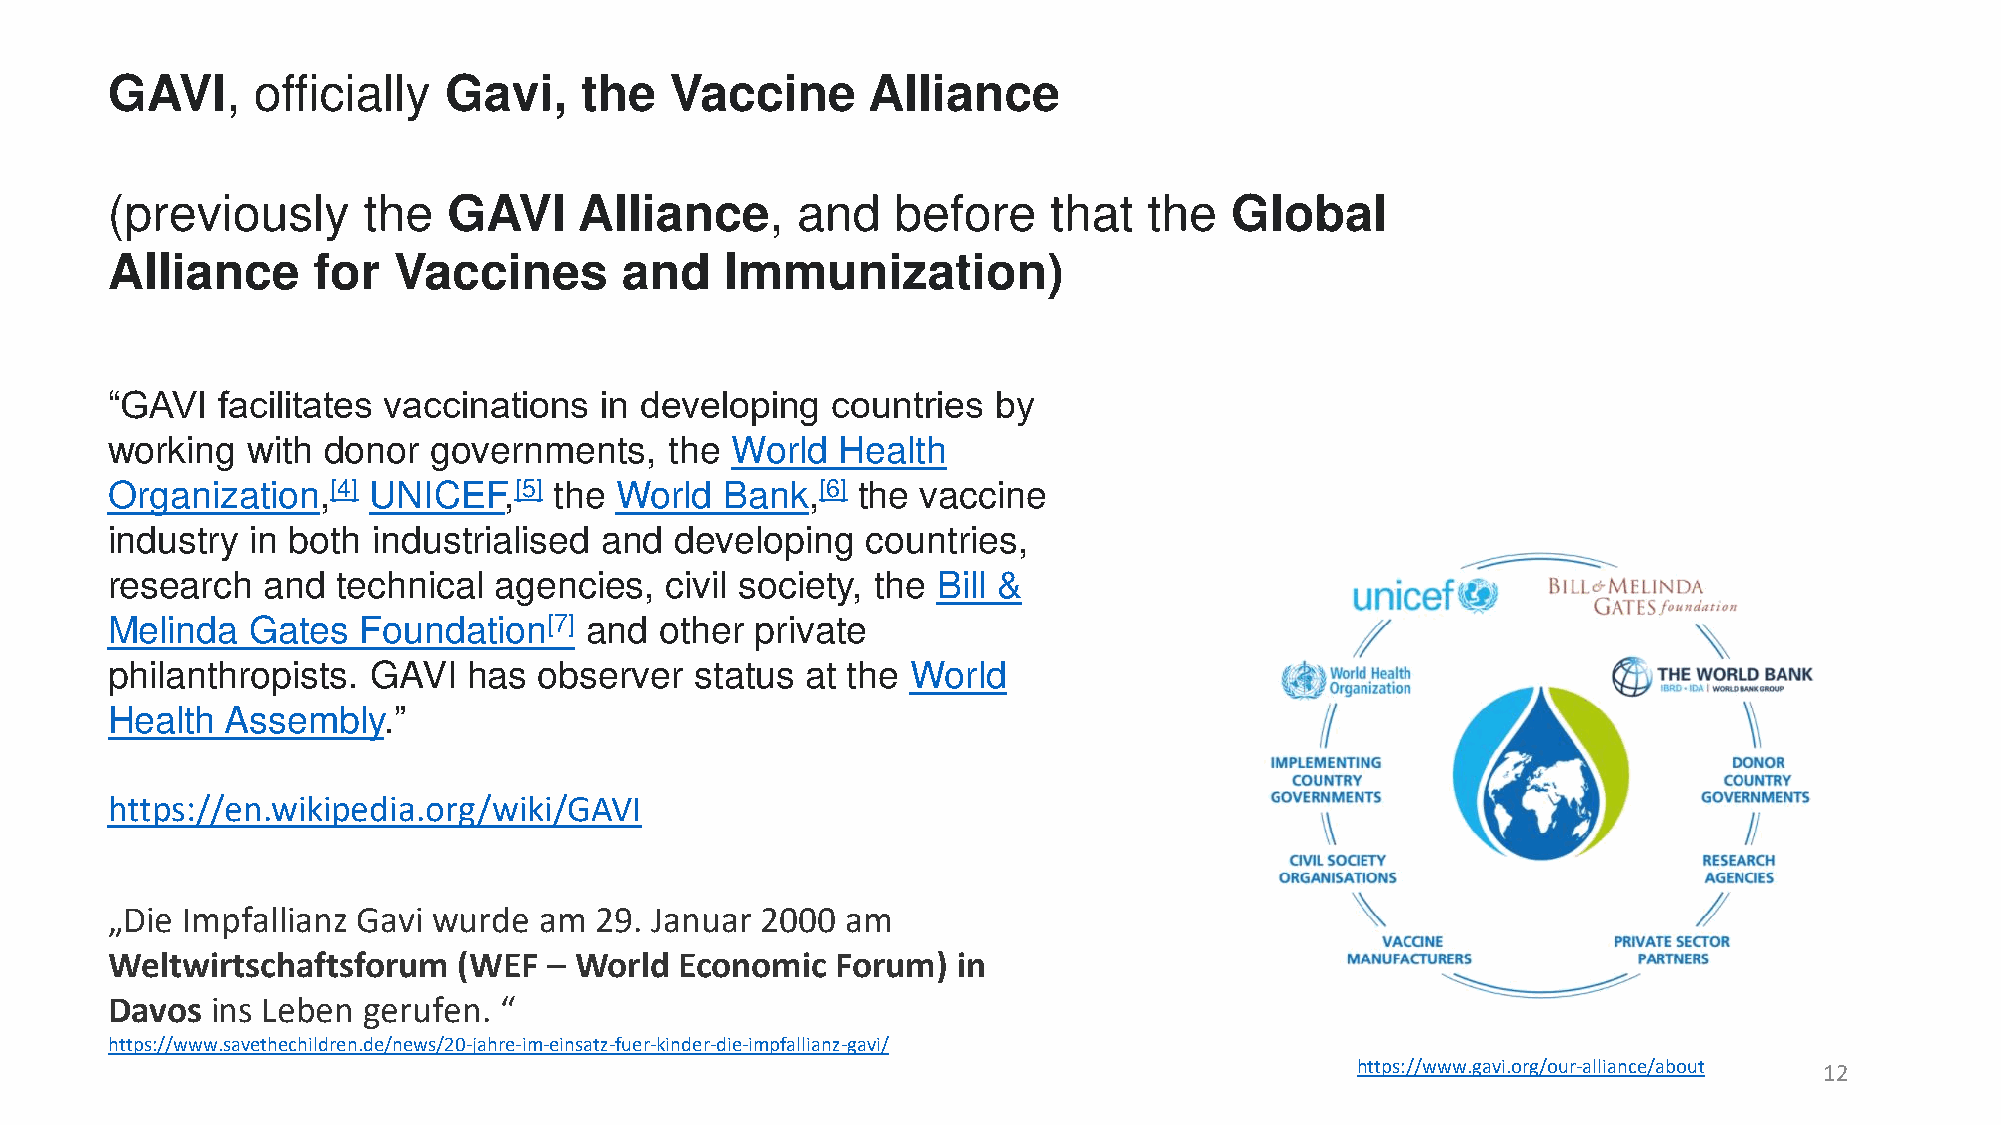
GAVI,     officially  Gavi,    the   Vaccine      Alliance
 (previously      the   GAVI    Alliance,      and   before    that   the  Global
 Alliance      for  Vaccines       and    Immunization)
 “GAVI  facilitates vaccinations  in developing  countries  by
 working  with donor   governments,   the World  Health
 Organization,[4] UNICEF,[5]   the World  Bank,[6] the vaccine
 industry  in both industrialised and  developing  countries,
 research  and  technical  agencies,  civil society, the Bill &
 Melinda   Gates  Foundation[7]  and  other private
 philanthropists.  GAVI  has  observer  status at the World
 Health  Assembly.”
 https://en.wikipedia.org/wiki/GAVI
 „Die Impfallianz Gavi wurde  am 29. Januar 2000  am
 Weltwirtschaftsforum   (WEF    World  Economic  Forum)  in
 –
 Davos  ins Leben gerufen. “
 https://www.savethechildren.de/news/20-jahre-im-einsatz-fuer-kinder-die-impfallianz-gavi/
 https://www.gavi.org/our-alliance/about 12